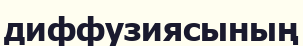
диффузиясының